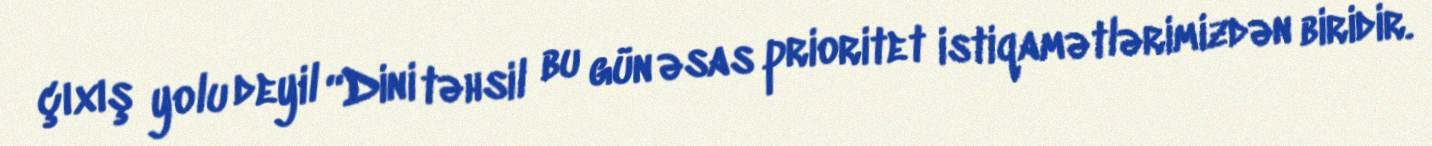
çıxış yolu deyil “Dini təhsil bu gün əsas prioritet istiqamətlərimizdən biridir.